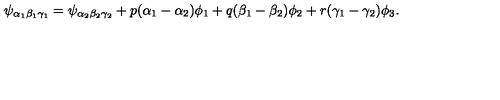
\psi _ { \alpha _ { 1 } \beta _ { 1 } \gamma _ { 1 } } = \psi _ { \alpha _ { 2 } \beta _ { 2 } \gamma _ { 2 } } + p ( \alpha _ { 1 } - \alpha _ { 2 } ) \phi _ { 1 } + q ( \beta _ { 1 } - \beta _ { 2 } ) \phi _ { 2 } + r ( \gamma _ { 1 } - \gamma _ { 2 } ) \phi _ { 3 } .